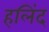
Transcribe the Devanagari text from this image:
हलिंद